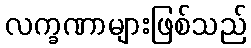
လက္ခဏာများဖြစ်သည်